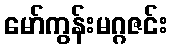
မော်ကွန်းမဂ္ဂဇင်း